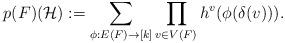
LaTeX: \begin{align*}p(F)(\mathcal{H}):=\sum_{\phi:E(F)\to [k]}\prod_{v\in V(F)}h^{v}(\phi(\delta(v))).\end{align*}